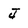
Character: J